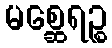
မစ္ဆေရဉ္စ